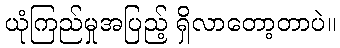
ယုံကြည်မှုအပြည့် ရှိလာတော့တာပဲ။